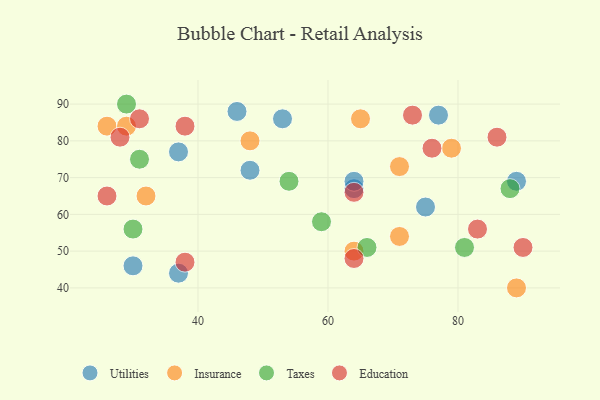
{"axis": {"x": "GDP", "y": "Life Expectancy"}, "legend": ["Education", "Insurance", "Taxes", "Utilities"], "data": [{"x": "30", "y": 46, "type": "Utilities"}, {"x": "64", "y": 67, "type": "Utilities"}, {"x": "77", "y": 87, "type": "Utilities"}, {"x": "64", "y": 69, "type": "Utilities"}, {"x": "37", "y": 44, "type": "Utilities"}, {"x": "48", "y": 72, "type": "Utilities"}, {"x": "53", "y": 86, "type": "Utilities"}, {"x": "46", "y": 88, "type": "Utilities"}, {"x": "37", "y": 77, "type": "Utilities"}, {"x": "75", "y": 62, "type": "Utilities"}, {"x": "89", "y": 69, "type": "Utilities"}, {"x": "26", "y": 84, "type": "Insurance"}, {"x": "48", "y": 80, "type": "Insurance"}, {"x": "32", "y": 65, "type": "Insurance"}, {"x": "71", "y": 73, "type": "Insurance"}, {"x": "29", "y": 84, "type": "Insurance"}, {"x": "89", "y": 40, "type": "Insurance"}, {"x": "71", "y": 54, "type": "Insurance"}, {"x": "64", "y": 50, "type": "Insurance"}, {"x": "79", "y": 78, "type": "Insurance"}, {"x": "65", "y": 86, "type": "Insurance"}, {"x": "54", "y": 69, "type": "Taxes"}, {"x": "66", "y": 51, "type": "Taxes"}, {"x": "29", "y": 90, "type": "Taxes"}, {"x": "30", "y": 56, "type": "Taxes"}, {"x": "59", "y": 58, "type": "Taxes"}, {"x": "88", "y": 67, "type": "Taxes"}, {"x": "31", "y": 75, "type": "Taxes"}, {"x": "81", "y": 51, "type": "Taxes"}, {"x": "38", "y": 47, "type": "Education"}, {"x": "73", "y": 87, "type": "Education"}, {"x": "28", "y": 81, "type": "Education"}, {"x": "31", "y": 86, "type": "Education"}, {"x": "64", "y": 66, "type": "Education"}, {"x": "86", "y": 81, "type": "Education"}, {"x": "76", "y": 78, "type": "Education"}, {"x": "64", "y": 48, "type": "Education"}, {"x": "38", "y": 84, "type": "Education"}, {"x": "83", "y": 56, "type": "Education"}, {"x": "26", "y": 65, "type": "Education"}, {"x": "90", "y": 51, "type": "Education"}]}